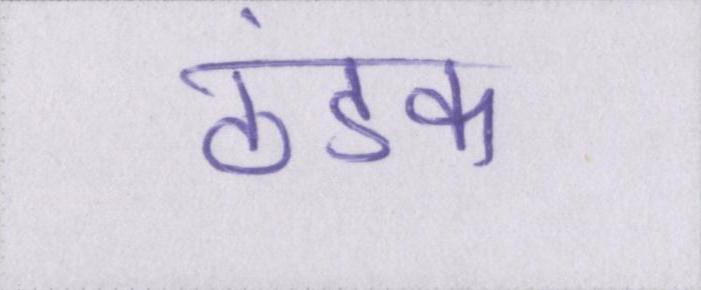
ठंडक